Medical and sanitary report on the native army of Bombay for the year
Year: 1877
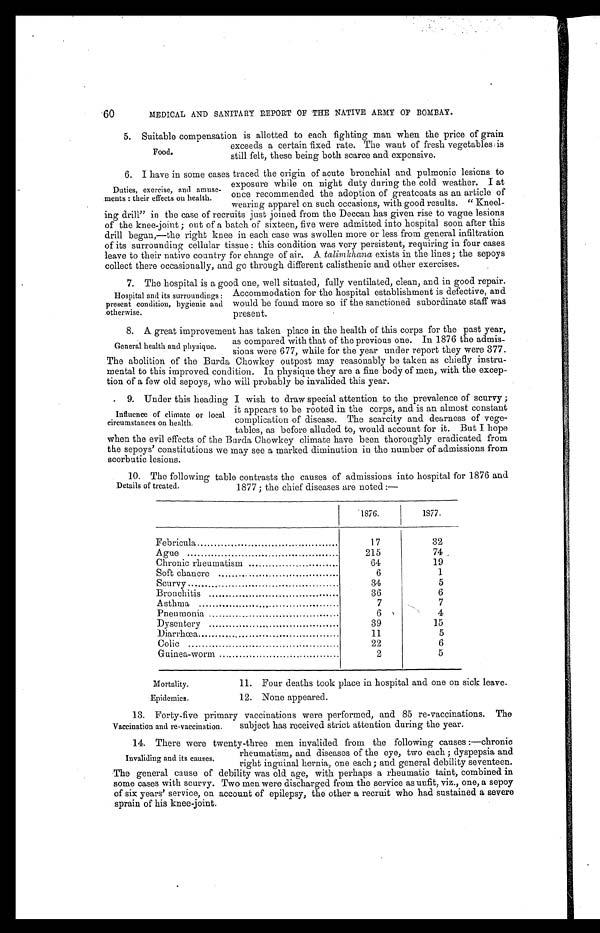
60
MEDICAL AND SANITARY REPORT OF THE NATIVE ARMY OF BOMBAY.
Food.
5. Suitable compensation is allotted to each fighting man when the price of grain
exceeds a certain fixed rate. The want of fresh vegetables is
still felt, these being both scarce and expensive.
Duties, exercise, and amuse-
ments : their effects on health.
6. I have in some cases traced the origin of acute bronchial and pulmonic lesions to
exposure while on night duty during the cold weather. I at
once recommended the adoption of greatcoats as an article of
wearing apparel on such occasions, with good results. " Kneel-
ing drill" in the case of recruits just joined from the Deccan has given rise to vague lesions
of the knee-joint ; out of a batch of sixteen, five were admitted into hospital soon after this
drill began,—the right knee in each case was swollen more or less from general infiltration
of its surrounding cellular tissue : this condition was very persistent, requiring in four cases
leave to their native country for change of air. A talimkhana exists in the lines; the sepoys
collect there occasionally, and go through different calisthenic and other exercises.
Hospital and its surroundings :
present condition, hygienic and
otherwise.
7. The hospital is a good one, well situated, fully ventilated, clean, and in good repair.
Accommodation for the hospital establishment is defective, and
would be found more so if the sanctioned subordinate staff was
present.
General health and physique.
8. A great improvement has taken place in the health of this corps for the past year,
as compared with that of the previous one. In 1876 the admis-
sions were 677, while for the year under report they were 377.
The abolition of the Burda Chowkey outpost may reasonably be taken as chiefly instru-
mental to this improved condition. In physique they are a fine body of men, with the excep-
tion of a few old sepoys, who will probably be invalided this year.
Influence of climate or local
circumstances on health.
9. Under this heading I wish to draw special attention to the prevalence of scurvy ;
it appears to be rooted in the corps, and is an almost constant
complication of disease. The scarcity and dearness of vege-
tables, as before alluded to, would account for it. But I hope
when the evil effects of the Burda Chowkey climate have been thoroughly eradicated from
t h e s e p o y s ' c o n s t i t u t i o n s w e m a y s e e a m a r k e d d i m i n u t i o n i n t h e n u m b e r o f a d m i s s i o n s f r o m
scorbutic lesions.
Details of treated.
10. The following table contrasts the causes of admissions into hospital for 1876 and
1877; the chief diseases are noted :—
1876.
1877.
Febricula
17
32
Ague
215
74
Chronic rheumatism
64
19
Soft chancre
6
1
Scurvy
34
5
Bronchitis
36
6
Asthma
7
7
Pneumonia
6
4
Dysentery
39
15
Diarrhœa
11
5
Colic
22
6
Guinea-worm
2
5
Mortality.
11. Four deaths took place in hospital and one on sick leave.
Epidemics.
12. None appeared.
Vaccination and re-vaccination.
13. Forty-five primary vaccinations were performed, and 85 re-vaccinations. The
subject has received strict attention during the year.
Invaliding and its causes.
14. There were twenty-three men invalided from the following causes :—chronic
rheumatism, and diseases of the eye, two each ; dyspepsia and
right inguinal hernia, one each; and general debility seventeen.
The general cause of debility was old age, with perhaps a rheumatic taint, combined in
some cases with scurvy. Two men were discharged from the service as unfit, viz., one, a sepoy
of six years' service, on account of epilepsy, the other a recruit who had sustained a severe
sprain of his knee-joint.